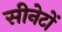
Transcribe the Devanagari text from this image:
सीनेटों